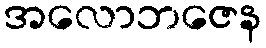
အလောဘဇေန